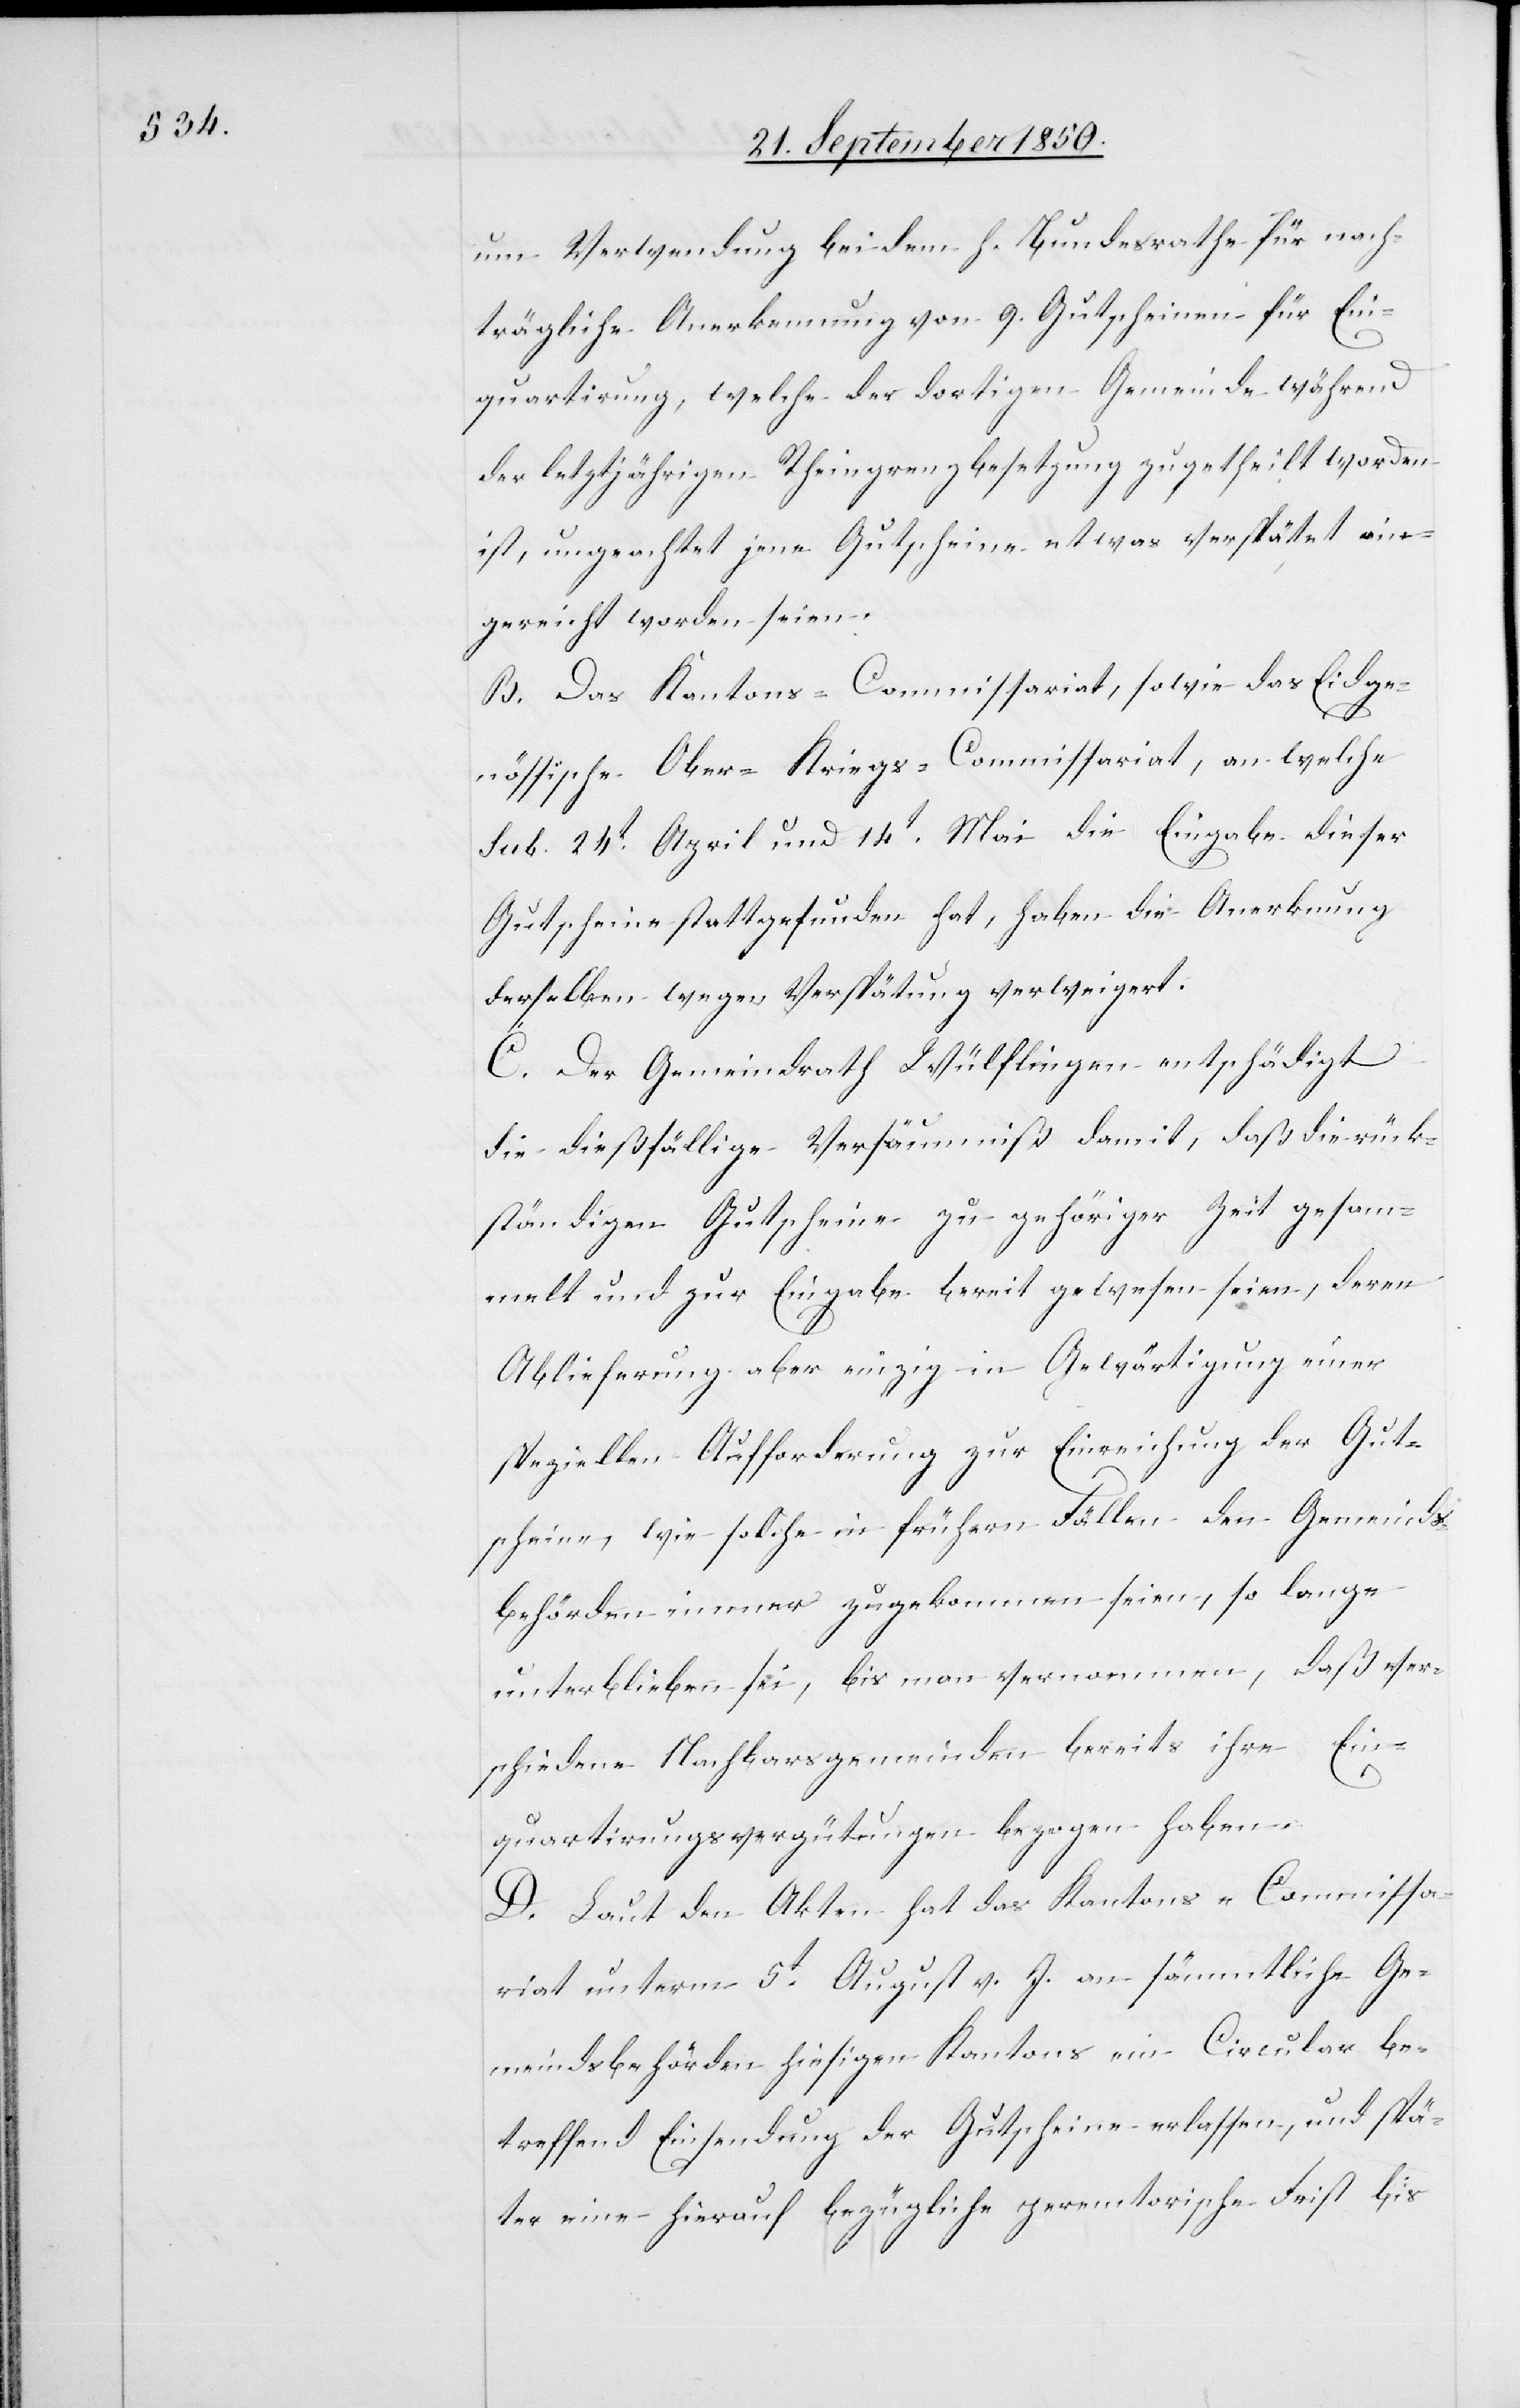
um Verwendung bei dem h. Bundesrathe für nach¬
trägliche Anerkennung von 9. Gutscheinen für Ein¬
quartirung, welche der dortigen Gemeinde während
der letztjährigen Rheingrenzbesetzung zugetheilt worden
ist, ungeachtet jene Gutscheine etwas verspätet ein¬
gereicht worden seien.
B. Das Kantons-Commissariat, sowie das Eidge¬
nössische Ober-Kriegs-Commissariat, an welche
sub. 24t April und 14t Mai die Eingabe dieser
Gutscheine stattgefunden hat, haben die Anerknung
derselben wegen Verspätung verweigert.
C. Der Gemeindrath Wülflingen entschädigt
die dießfällige Versäumniß damit, daß die rück¬
ständigen Gutscheine zu gehöriger Zeit gesam¬
melt und zur Eingabe bereit gewesen seien, deren
Ablieferung aber einzig in Gewärtigung einer
speziellen Aufforderung zur Einreichung der Gut¬
scheine, wie solche in frühern Fällen den Gemeinds¬
behörden immer zugekommen seien, so lange
unterblieben sei, bis man vernommen, daß ver¬
schiedene Nachbarsgemeinden bereits ihre Ein¬
quartirungsvergütungen bezogen haben.
D. Laut den Akten hat das Kantons-Commissa¬
riat unterm 5t August v. J. an sämmtliche Ge¬
meindsbehörden hiesigen Kantons ein Circular be¬
treffend Einsendung der Gutscheine erlassen, und spä¬
ter eine hierauf bezügliche peremtorische Frist bis